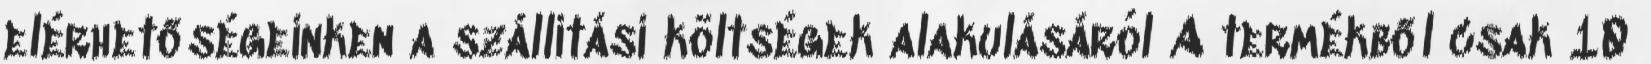
elérhetőségeinken a szállítási költségek alakulásáról A termékből csak 10